Indian journal of veterinary science and animal husbandry - Volumes 15-17, 1948-1951
Year: 1948
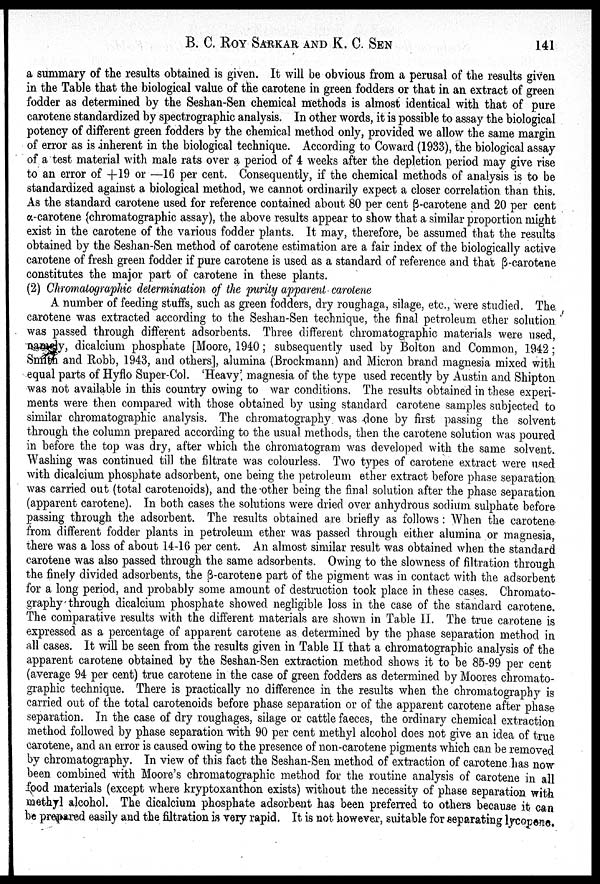
B. C. ROY SARKAR AND K. C.
SEN
141
a summary of the results obtained is given. It will be obvious from a perusal of the results given
in the Table that the biological value of the carotene in green fodders or that in an extract of green
fodder as determined by the Seshan-Sen chemical methods is almost identical with that of pure
carotene standardized by spectrographic analysis. In other words, it is possible to assay the biological
potency of different green fodders by the chemical method only, provided we allow the same margin
of error as is inherent in the biological technique. According to Coward (1933), the biological assay
of a test material with male rats over a period of 4 weeks after the depletion period may give rise
to an error of +19 or —16 per cent. Consequently, if the chemical methods of analysis is to be
standardized against a biological method, we cannot ordinarily expect a closer correlation than this.
As the standard carotene used for reference contained about 80 per cent ß-carotene and 20 per cent
α-carotene (chromatographic assay), the above results appear to show that a similar proportion might
exist in the carotene of the various fodder plants. It may, therefore, be assumed that the results
obtained by the Seshan-Sen method of carotene estimation are a fair index of the biologically active
carotene of fresh green fodder if pure carotene is used as a standard of reference and that ß-carotene
constitutes the major part of carotene in these plants.
(2) Chromatographic determination of the purity apparent carotene
A number of feeding stuffs, such as green fodders, dry roughaga, silage, etc., were studied. The
carotene was extracted according to the Seshan-Sen technique, the final petroleum ether solution
was passed through different adsorbents. Three different chromatographic materials were used,
namely, dicalcium phosphate [Moore, 1940; subsequently used by Bolton and Common, 1942;
Smith and Robb, 1943, and others], alumina (Brockmann) and Micron brand magnesia mixed with
equal parts of Hyflo Super-Col. 'Heavy' magnesia of the type used recently by Austin and Shipton
was not available in this country owing to war conditions. The results obtained in these experi-
ments were then compared with those obtained by using standard carotene samples subjected to
similar chromatographic analysis. The chromatography was done by first passing the solvent
through the column prepared according to the usual methods, then the carotene solution was poured
in before the top was dry, after which the chromatogram was developed with the same solvent.
Washing was continued till the filtrate was colourless. Two types of carotene extract were used
with dicalcium phosphate adsorbent, one being the petroleum ether extract before phase separation
was carried out (total carotenoids), and the other being the final solution after the phase separation
(apparent carotene). In both cases the solutions were dried over anhydrous sodium sulphate before
passing through the adsorbent. The results obtained are briefly as follows: When the carotene
from different fodder plants in petroleum ether was passed through either alumina or magnesia,
there was a loss of about 14-16 per cent. An almost similar result was obtained when the standard
carotene was also passed through the same adsorbents. Owing to the slowness of filtration through
the finely divided adsorbents, the ß-carotene part of the pigment was in contact with the adsorbent
for a long period, and probably some amount of destruction took place in these cases. Chromato-
graphy through dicalcium phosphate showed negligible loss in the case of the standard carotene.
The comparative results with the different materials are shown in Table II. The true carotene is
expressed as a percentage of apparent carotene as determined by the phase separation method in
all cases. It will be seen from the results given in Table II that a chromatographic analysis of the
apparent carotene obtained by the Seshan-Sen extraction method shows it to be 85-99 per cent
(average 94 per cent) true carotene in the case of green fodders as determined by Moores chromato-
graphic technique. There is practically no difference in the results when the chromatography is
carried out of the total carotenoids before phase separation or of the apparent carotene after phase
separation. In the case of dry roughages, silage or cattle faeces, the ordinary chemical extraction
method followed by phase separation with 90 per cent methyl alcohol does not give an idea of true
carotene, and an error is caused owing to the presence of non-carotene pigments which can be removed
by chromatography. In view of this fact the Seshan-Sen method of extraction of carotene has now
been combined with Moore's chromatographic method for the routine analysis of carotene in all
food materials (except where kryptoxanthon exists) without the necessity of phase separation with
methyl alcohol. The dicalcium phosphate adsorbent has been preferred to others because it can
be prepared easily and the filtration is very rapid. It is not however, suitable for separating lycopene.